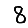
Digit: 8